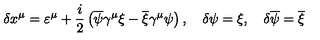
\delta x ^ { \mu } = \varepsilon ^ { \mu } + \frac { i } { 2 } \left( \overline { { \psi } } \gamma ^ { \mu } \xi - \overline { { \xi } } \gamma ^ { \mu } \psi \right) , \quad \delta \psi = \xi , \quad \delta \overline { { \psi } } = \overline { { \xi } }